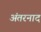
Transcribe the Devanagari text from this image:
अंतरनाद